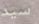
سيد